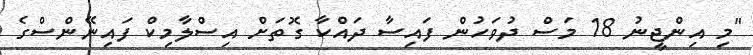
"މި އިންޖީނު 18 މަސް ދުވަހުން ފައިސާ ދައްކާ ގޮތަށް އިސްލާމިކް ފައިނޭންސްގެ